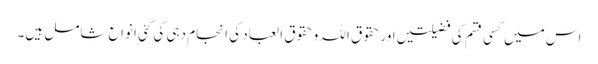
اس میں کسی قسم کی فضیلتیں اور حقوق اللہ و حقوق العباد کی انجام دہی کی کئی انواع شامل ہیں۔